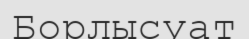
Борлысуат